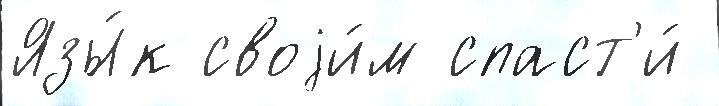
Язы́к своjи́м спаст'и́